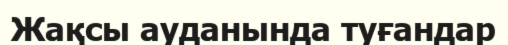
Жақсы ауданында туғандар